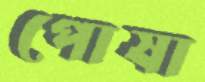
পোষা